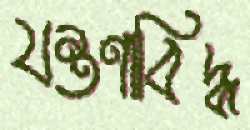
যন্ত্রণাবিদ্ধ